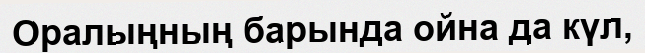
Оралыңның барында ойна да күл,